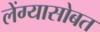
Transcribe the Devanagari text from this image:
लेंग्यासोबत